Annual report on the working of the mental hospitals in the Madras Presidency - 1912-1932
Year: 1912
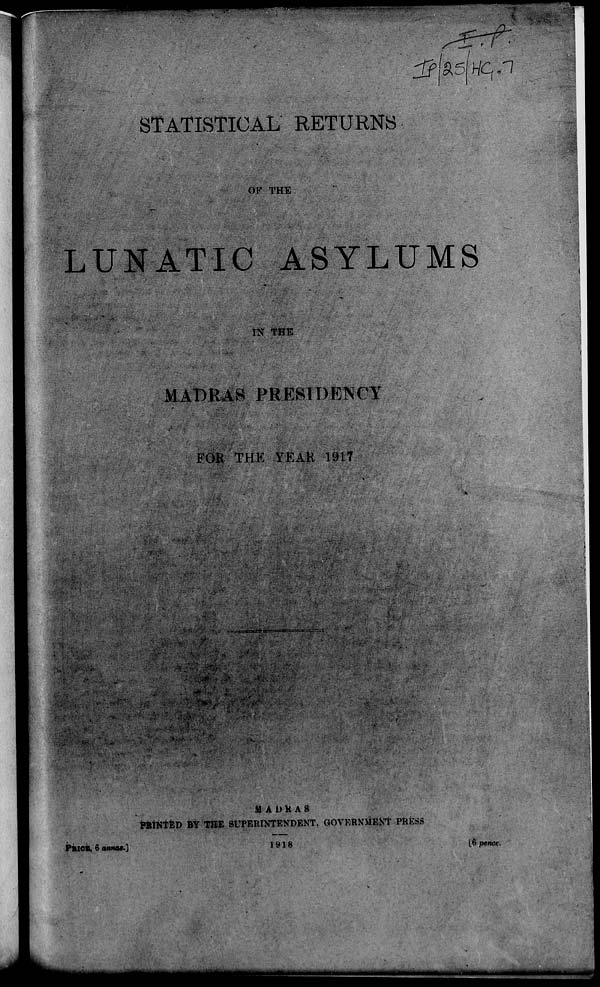
STATISTICAL RETURNS
OF THE
LUNATIC ASYLUMS
IN THE
MADRAS PRESIDENCY
FOR THE YEAR 1917
MADRAS
PRINTED BY THE SUPERINTENDENT, GOVERNMENT PRESS
PRICE, 6
annas.]
1918
[6
pence.